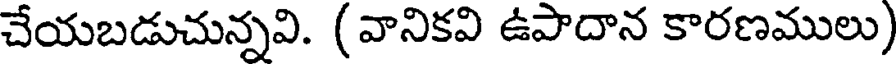
చేయబడుచున్నవి. (వానికవి ఉపాదాన కారణములు)